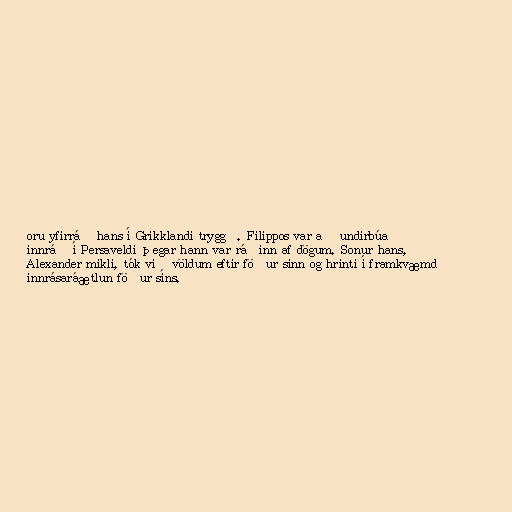
oru yfirráð hans í Grikklandi tryggð. Filippos var að undirbúa
innráð í Persaveldi þegar hann var ráðinn af dögum. Sonur hans,
Alexander mikli, tók við völdum eftir föður sinn og hrinti í framkvæmd
innrásaráætlun föður síns.